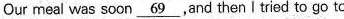
Our meal was soon \underline{69}, and then I tried to go to